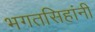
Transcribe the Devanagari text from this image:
भगतसिहांनी